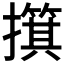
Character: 𫾑